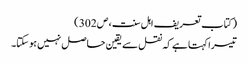
( کتاب تعریف اہل سنت ، ص 302 )
تیسرا کہتا ہے کہ نقل سے یقین حاصل نہیں ہوسکتا۔